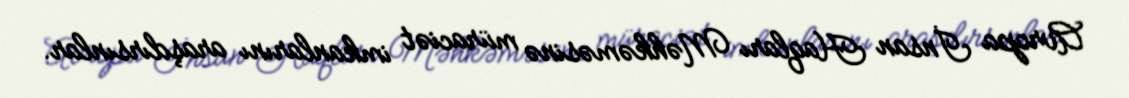
Avropa İnsan Haqları Məhkəməsinə müraciət imkanlarını araşdırsınlar.